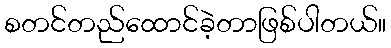
စတင်တည်ထောင်ခဲ့တာဖြစ်ပါတယ်။